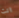
انت